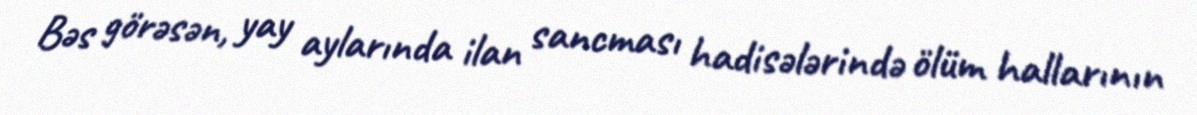
Bəs görəsən, yay aylarında ilan sancması hadisələrində ölüm hallarının